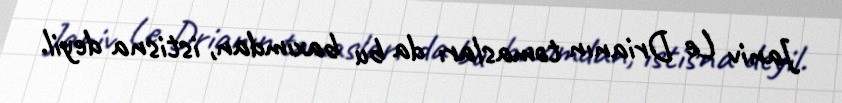
Janiv Le Drianın təmasları da bu baxımdan, istisna deyil.